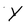
Character: Y